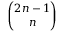
\binom { 2 n - 1 } { n }